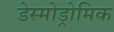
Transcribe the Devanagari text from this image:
डेस्मोड्रोमिक